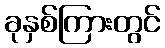
ခုနှစ်ကြားတွင်